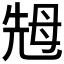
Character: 𱥜